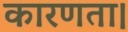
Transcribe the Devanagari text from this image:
कारणता।